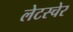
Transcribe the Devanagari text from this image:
लेटस्चेर